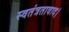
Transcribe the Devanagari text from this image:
स्वतंत्रतावाद।